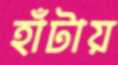
হাঁটায়